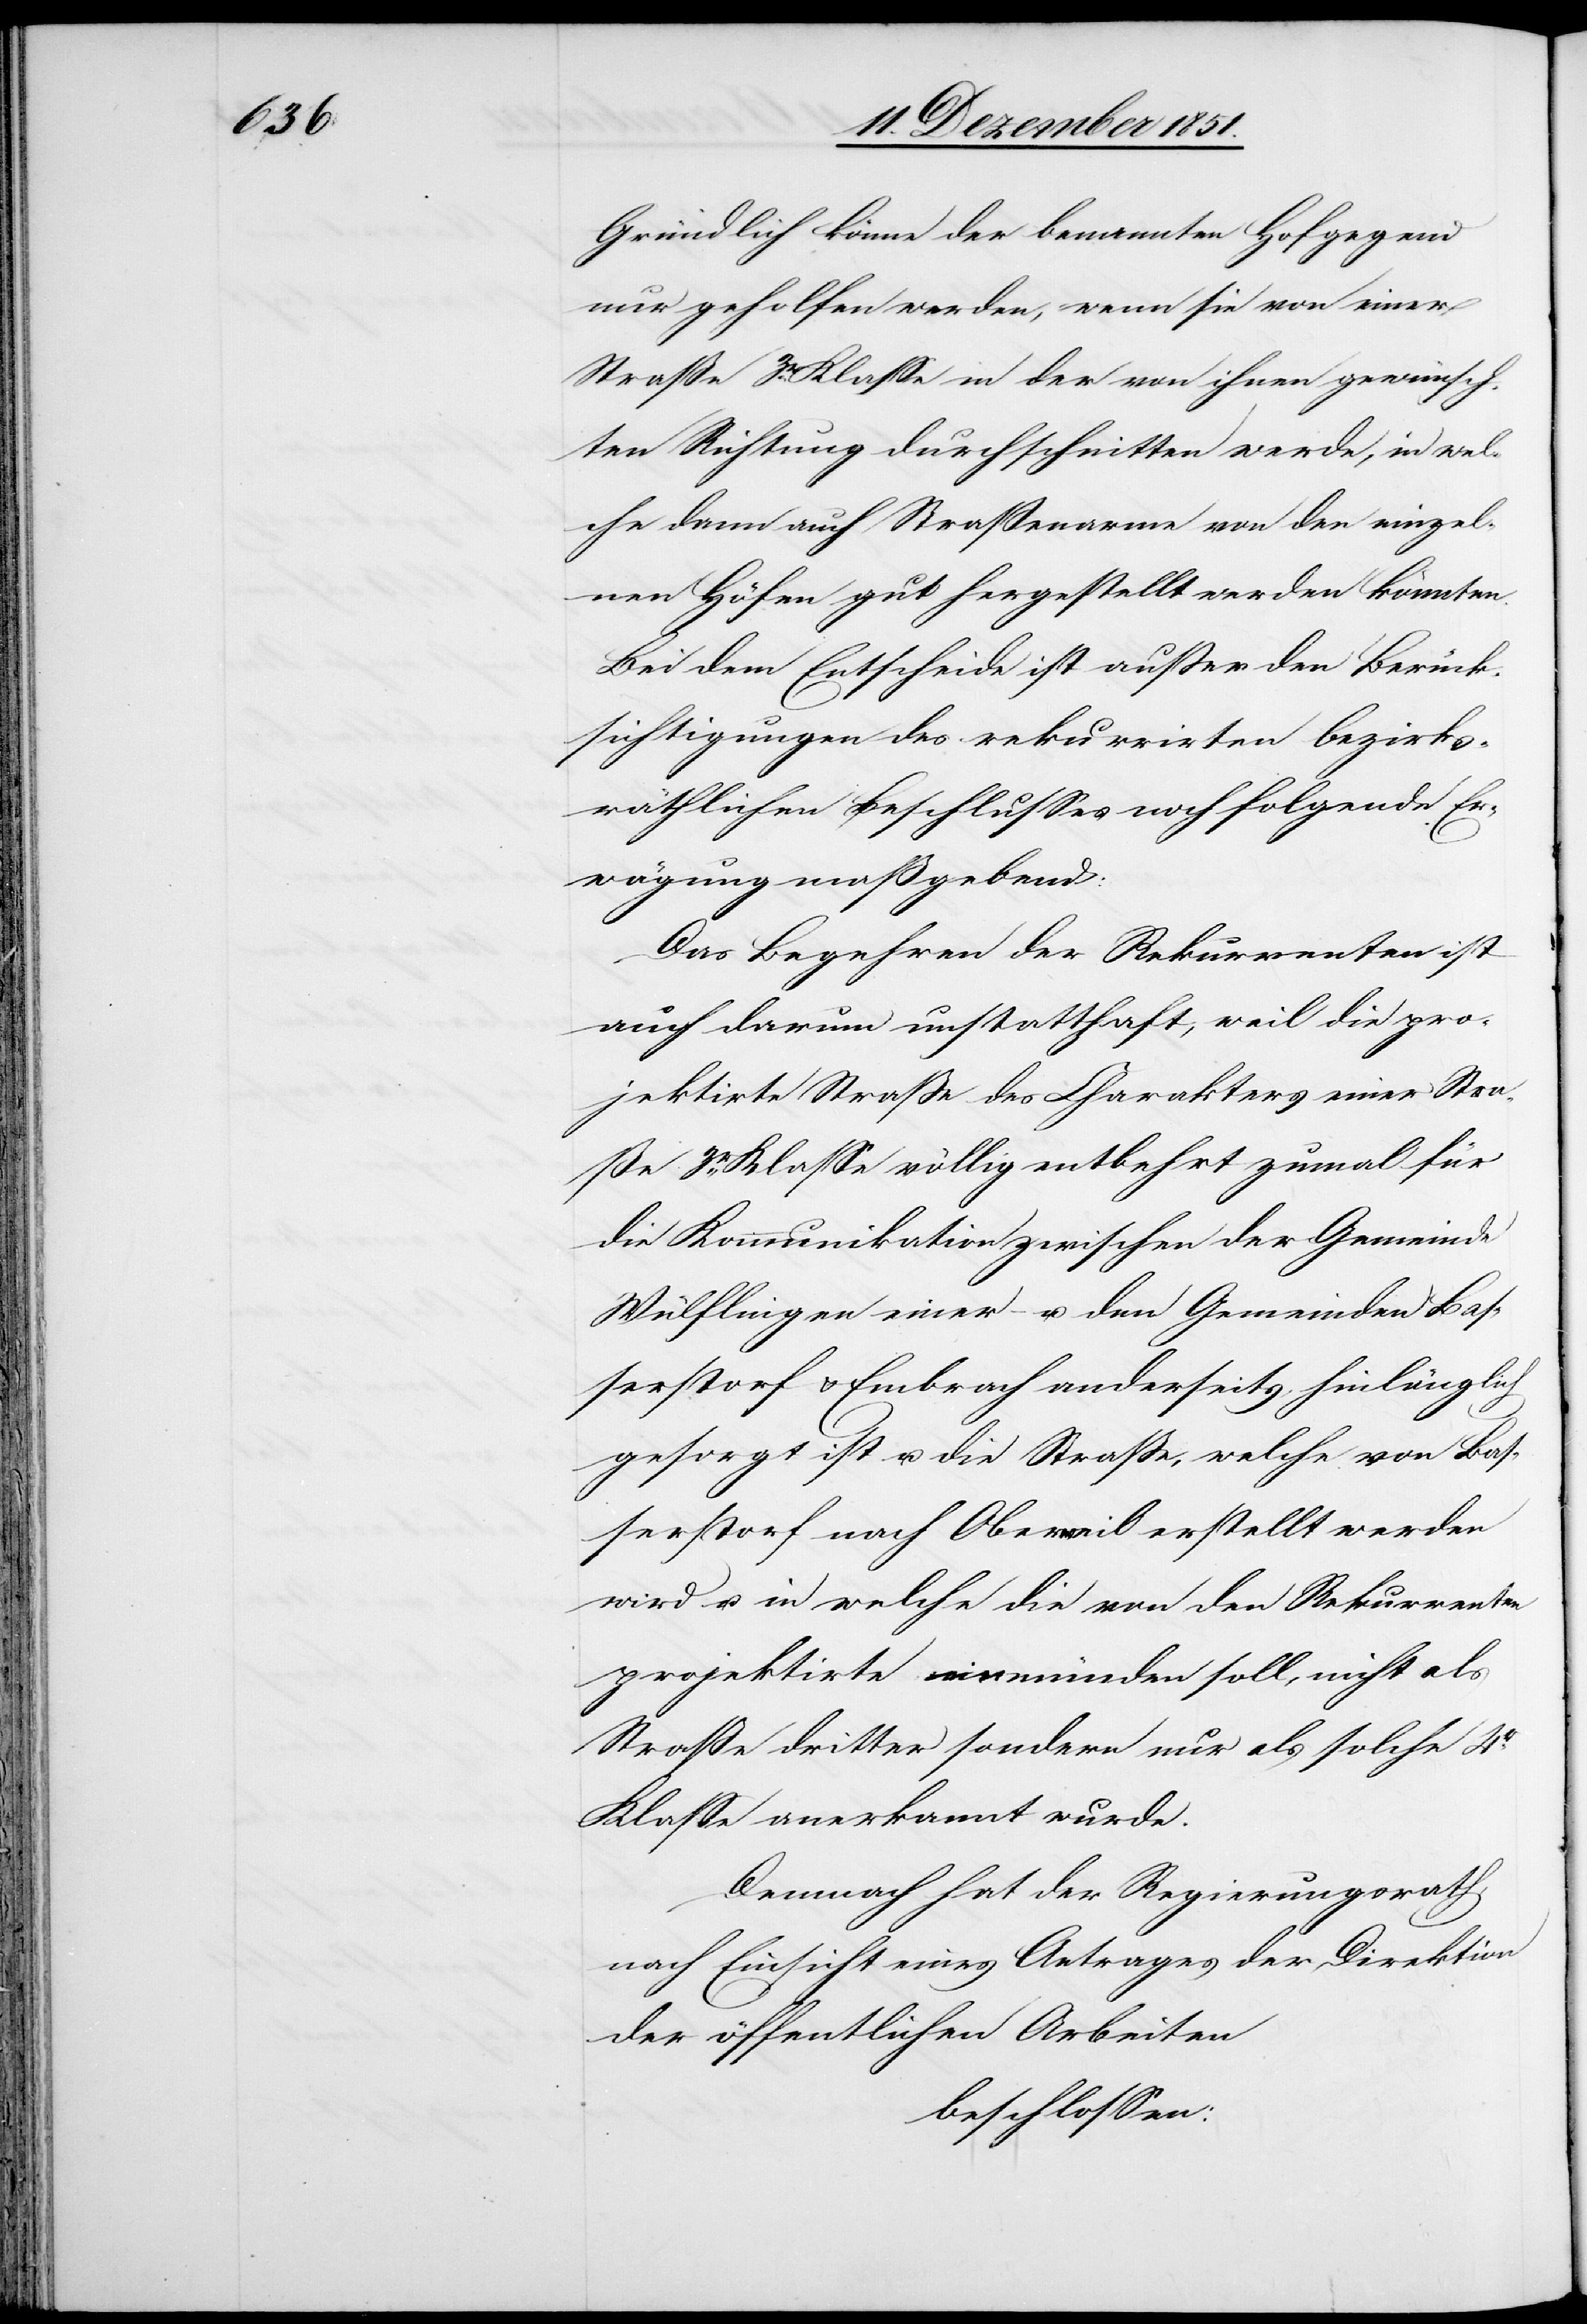
Gründlich könne der benannten Hofgegend
nur geholfen werden, wenn sie von einer
Straße 3r. Klasse in der von ihnen gewünsch¬
ten Richtung durchschnitten werde, in wel¬
che dann auch Straßenarme von den einzel¬
nen Höfen gut hergestellt werden könnten.
Bei dem Entscheide ist außer den Berück¬
sichtigungen des rekurrirten bezirks¬
räthlichen Beschlusses noch folgende Er¬
wägung maßgebend:
Das Begehren der Rekurrenten ist
auch darum unstatthaft, weil die pro¬
jektirte Straße des Charakters einer Stra¬
ße 3r. Klasse völlig entbehrt zumal für
die Kommunikation zwischen der Gemeinde
Wülflingen einer- u. den Gemeinden Bas¬
serstorf & Embrach anderseits, hinlänglich
gesorgt ist u. die Straße, welche von Bas¬
serstorf nach Oberweil erstellt werden
wird u. in welche die von den Rekurrenten
projektirte einmünden soll, nicht als
Straße dritter sondern nur als solche 4r.
Klasse anerkannt wurde.
Demnach hat der Regierungsrath,
nach Einsicht eines Antrages der Direktion
der öffentlichen Arbeiten
beschlossen: